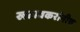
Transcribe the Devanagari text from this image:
खटावकरांनीच